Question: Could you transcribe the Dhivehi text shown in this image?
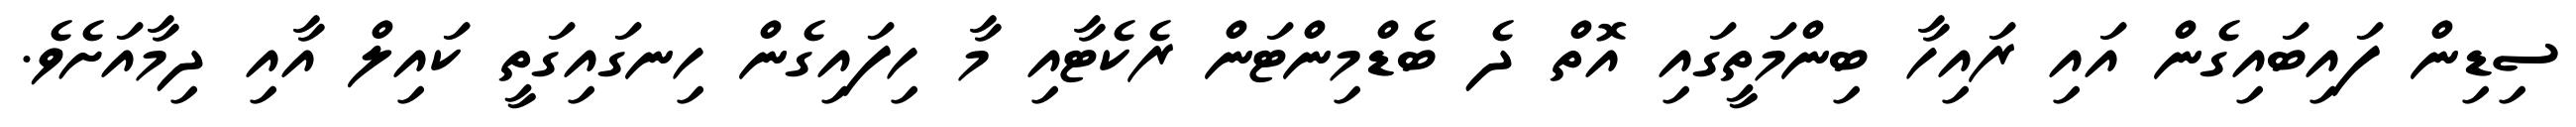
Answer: ސިޑިން ފައިބައިގެން އައި ރައިހާ ބިންމަތީގައި އޮތް ދެ ބެޑްމިންޓަން ރެކެޓާއި މާ ހިފައިގެން ހިނގައިގަތީ ކައިލް އާއި ދިމާއަށެވެ.